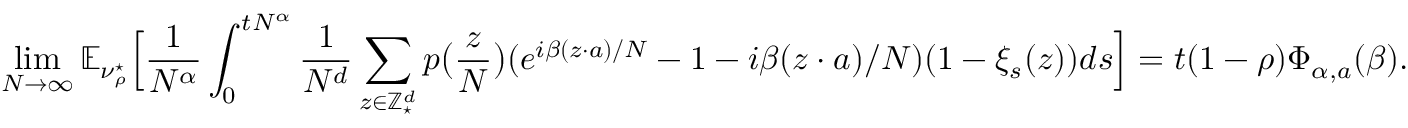
\operatorname* { l i m } _ { N \rightarrow \infty } \mathbb E _ { \nu _ { \rho } ^ { \star } } \Big [ \frac { 1 } { N ^ { \alpha } } \int _ { 0 } ^ { t N ^ { \alpha } } \frac { 1 } { N ^ { d } } \sum _ { z \in \mathbb Z _ { \star } ^ { d } } p \big ( \frac { z } { N } \big ) ( e ^ { i \beta ( z \cdot a ) / N } - 1 - i \beta ( z \cdot a ) / N ) ( 1 - \xi _ { s } ( z ) ) d s \Big ] = t ( 1 - \rho ) \Phi _ { \alpha , a } ( \beta ) .